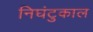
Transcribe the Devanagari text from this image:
निघंटुकाल